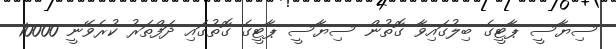
ސިޔާސީ ޕާޓީގެ ބިލުގައިވާ ގޮތުން ސިޔާސީ ޕާޓީގެ ގޮތުގައި ދަފްތަރު ކުރެވޭނީ 10000